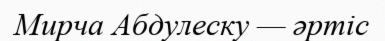
Мирча Абдулеску — әртіс